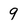
Character: 9